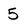
Character: 5